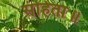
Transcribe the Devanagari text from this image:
संहिता॥